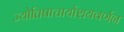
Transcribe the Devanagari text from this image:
ज्योतिषाचार्याशयवर्णन